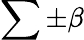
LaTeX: \sum\pm\beta